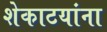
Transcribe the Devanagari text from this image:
शेकाटयांना